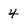
Character: 4